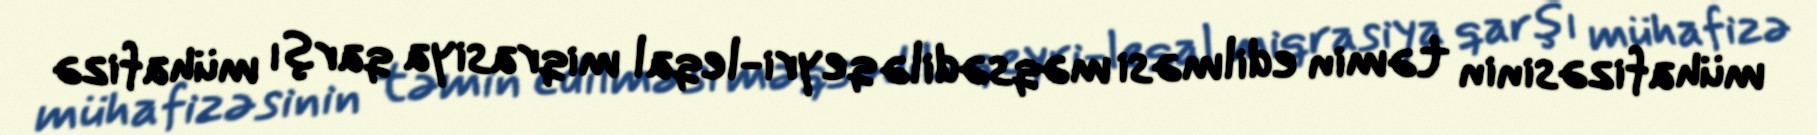
mühafizəsinin təmin edilməsi məqsədilə qeyri-leqal miqrasiya qarşı mühafizə